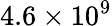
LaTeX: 4.6\times 10^{9}